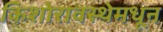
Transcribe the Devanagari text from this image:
किशोरावस्थेमधून